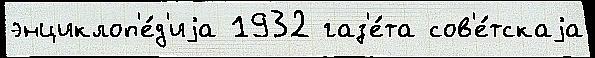
энциклоп'е́д'иjа 1932 газ'е́та сов'е́тскаjа